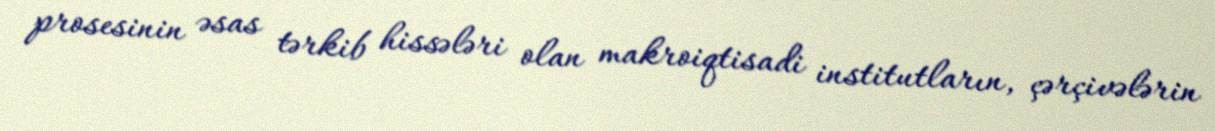
prosesinin əsas tərkib hissələri olan makroiqtisadi institutların, çərçivələrin